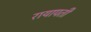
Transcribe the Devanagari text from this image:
रायापती